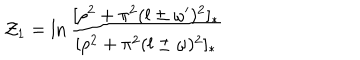
{ \cal Z } _ { 1 } = \ln \frac { [ \rho ^ { 2 } + \pi ^ { 2 } ( l \pm \omega ^ { \prime } ) ^ { 2 } ] _ { * } } { [ \rho ^ { 2 } + \pi ^ { 2 } ( l \pm \omega ) ^ { 2 } ] _ { * } }